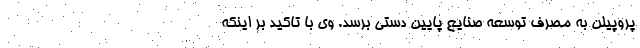
پروپیلن به مصرف توسعه صنایع پایین دستی برسد. وی با تاکید بر اینکه